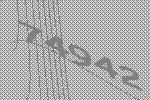
74942